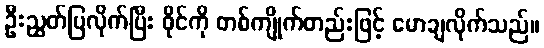
ဦးညွတ်ပြလိုက်ပြီး ဝိုင်ကို တစ်ကျိုက်တည်းဖြင့် မောချလိုက်သည်။